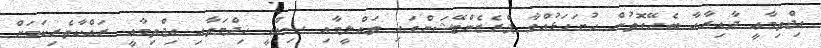
އިޖްތިމާޢީ ދާއިރާއާ ބެހޭގޮތުން ހުށަހަޅުއްވާ ޕްރެޒެންޓޭޝަންގައި ތަޢްލީމާއި ޞިއްޙީ ޚިދްމަތާއި އިޖްތިމާޢީ ރައްކާތެރިކަމަށް